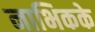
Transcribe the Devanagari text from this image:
नाभिकके